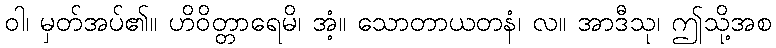
ဝါ၊ မှတ်အပ်၏။ ဟိဝိတ္တာရေမိ၊ အံ့။ သောတာယတနံ၊ လ။ အာဒီသု၊ ဤသို့အစ